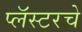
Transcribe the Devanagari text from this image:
प्लॅस्टरचे